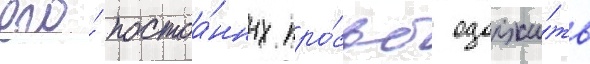
его́ постоа́нных про́сьб одолжи́ть